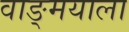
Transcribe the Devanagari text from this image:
वाङ्‌मयाला